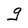
Character: g